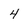
Character: 4